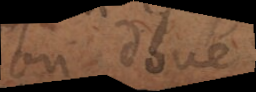
un dont